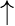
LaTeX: \uparrow